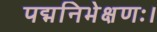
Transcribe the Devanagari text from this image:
पद्मनिभेक्षणः।